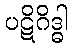
ပဋိဂိဒ္ဓါ